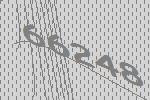
66248